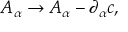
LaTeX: A _ { \alpha } \rightarrow A _ { \alpha } - \partial _ { \alpha } c ,